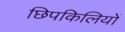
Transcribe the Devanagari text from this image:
छिपकिलियों